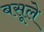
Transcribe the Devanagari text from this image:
बसूले